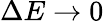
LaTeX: \Delta E\rightarrow 0